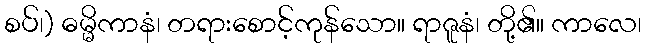
စပ်၊) ဓမ္မိကာနံ၊ တရားစောင့်ကုန်သော။ ရာဇူနံ၊ တို့၏။ ကာလေ၊